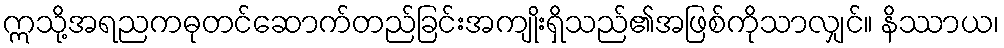
ဣသို့အရညကဓုတင်ဆောက်တည်ခြင်းအကျိုးရှိသည်၏အဖြစ်ကိုသာလျှင်။ နိဿာယ၊